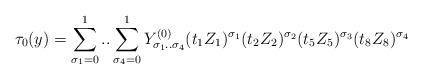
LaTeX: \begin{align*}\tau _{0}(y)=\sum_{\sigma _{1}=0}^{1}..\sum_{\sigma _{4}=0}^{1}Y_{\sigma_{1}..\sigma _{4}}^{(0)}(t_{1}Z_{1})^{\sigma _{1}}(t_{2}Z_{2})^{\sigma_{2}}(t_{5}Z_{5})^{\sigma _{3}}(t_{8}Z_{8})^{\sigma _{4}}\end{align*}